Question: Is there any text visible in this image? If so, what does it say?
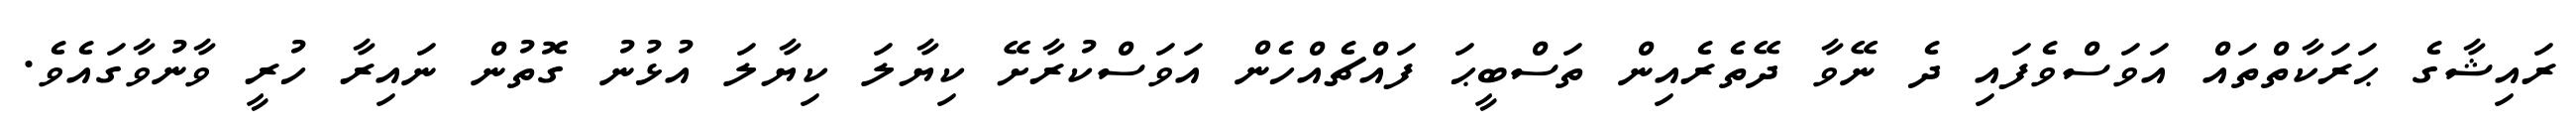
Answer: ރައިޝާގެ ޙަރަކާތްތައް އަވަސްވެފައި ދެ ނޭވާ ދޭތެރެއިން ތަސްބީޙަ ފައްޗެއްހެން އަވަސްކުރާށޭ ކިޔާލަ ކިޔާލަ އުޅުނު ގޮތުން ނައިރާ ހުރީ ވާނުވާގައެވެ.